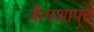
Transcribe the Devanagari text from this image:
कैंमशाफ्ट